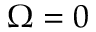
\Omega = 0